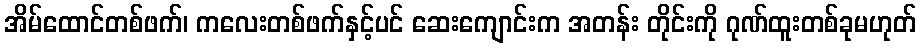
အိမ်ထောင်တစ်ဖက်၊ ကလေးတစ်ဖက်နှင့်ပင် ဆေးကျောင်းက အတန်း တိုင်းကို ဂုဏ်ထူးတစ်ခုမဟုတ်